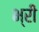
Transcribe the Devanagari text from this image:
भ्री